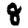
Digit: 8